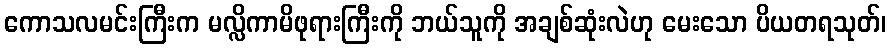
ကောသလမင်းကြီးက မလ္လိကာမိဖုရားကြီးကို ဘယ်သူကို အချစ်ဆုံးလဲဟု မေးသော ပိယတရသုတ်၊